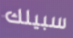
سبيلك